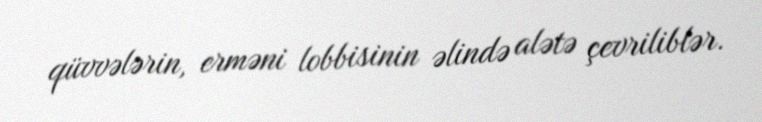
qüvvələrin, erməni lobbisinin əlində alətə çevriliblər.